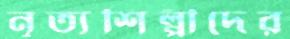
নৃত্যশিল্পীদের